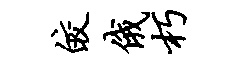
皎俄朽